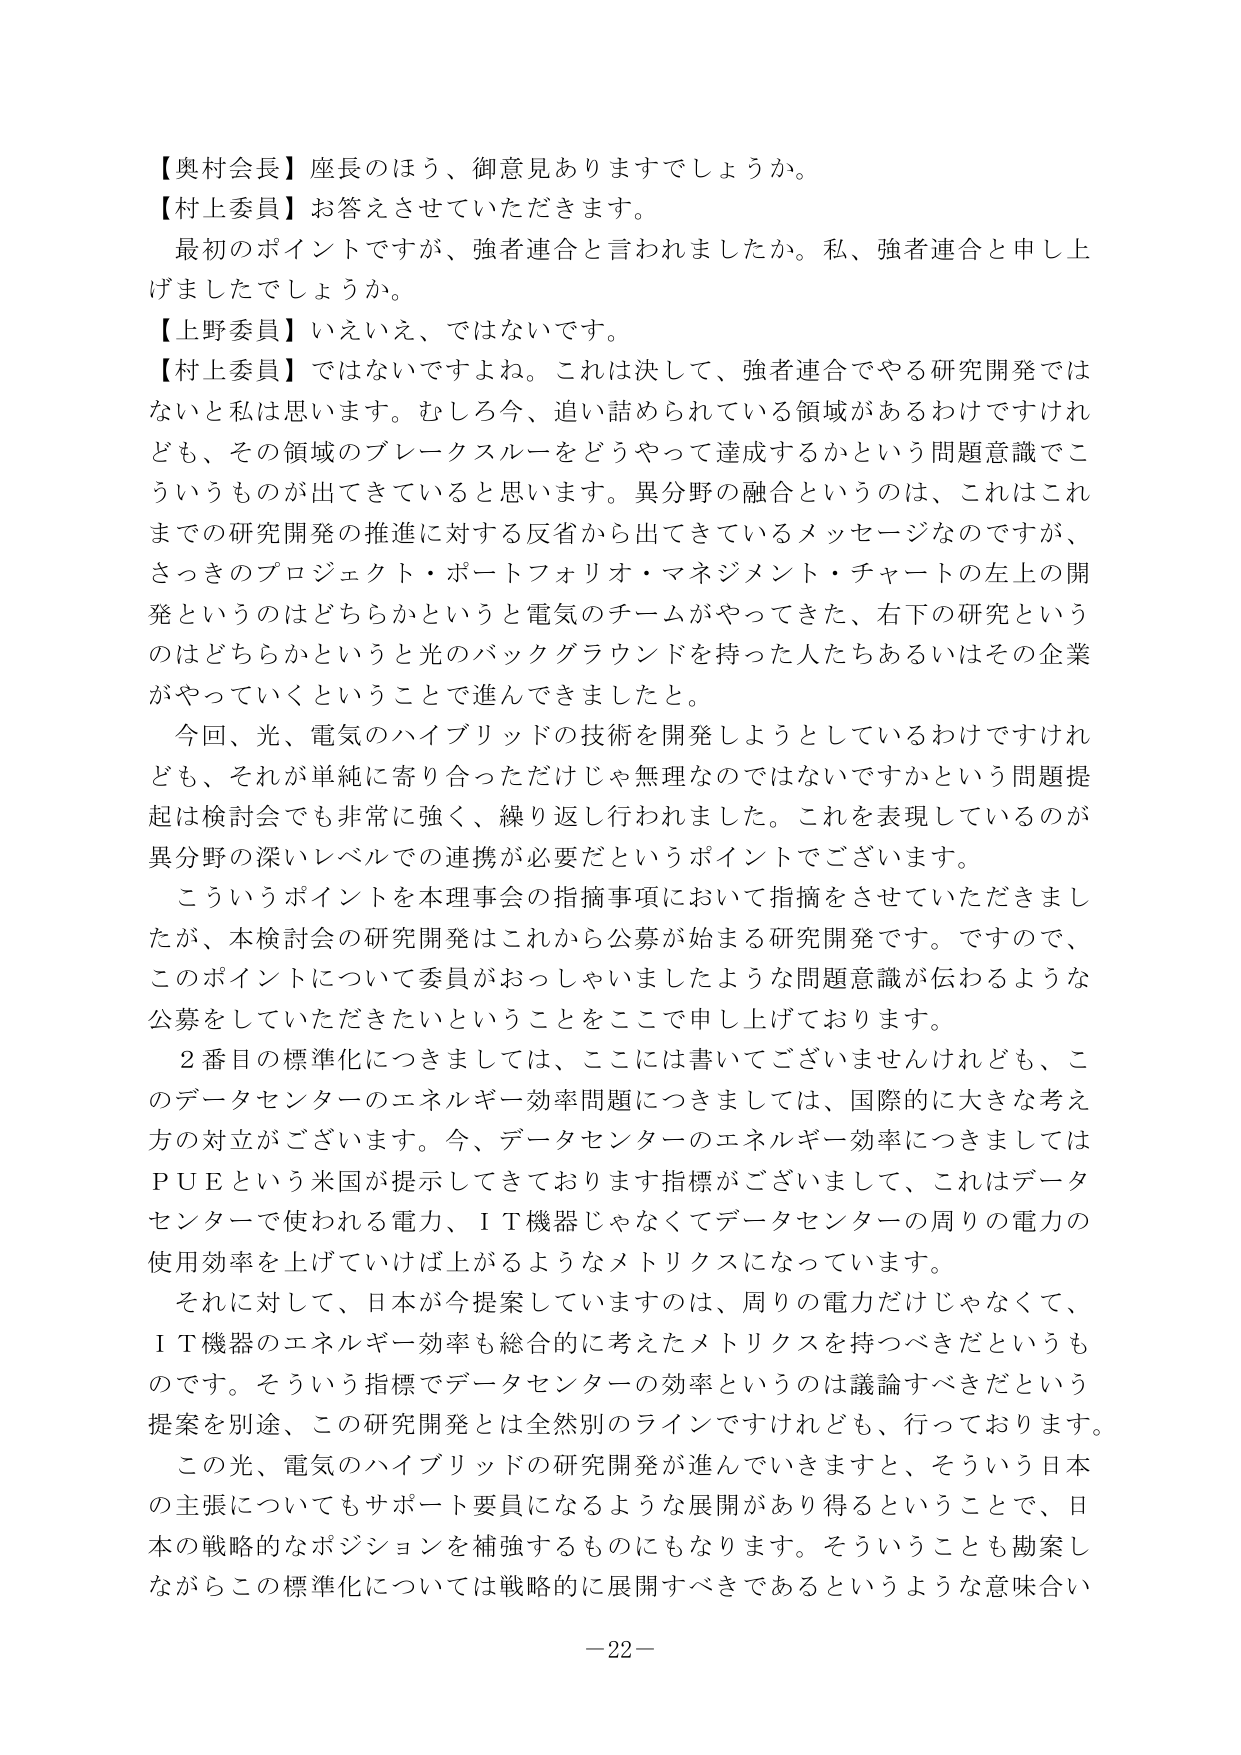
【奥村会長】座長のほう、御意見ありますでしょうか。
【村上委員】お答えさせていただきます。
最初のポイントですが、強者連合と言われましたか。私、強者連合と申し上げましたでしょうか。
【上野委員】いえいえ、ではないです。
【村上委員】ではないですよね。これは決して、強者連合でやる研究開発ではないと私は思います。むしろ今、追い詰められている領域があるわけですけれども、その領域のブレークスルーをどうやって達成するかという問題意識でこういうものが出てきていると思います。異分野の融合というのは、これはこれまでの研究開発の推進に対する反省から出てきているメッセージなのですが、さっきのプロジェクト・ポートフォリオ・マネジメント・チャートの左上の開発というのはどちらかというと電気のチームがやってきた、右下の研究というのはどちらかというと光のバックグラウンドを持った人たちあるいはその企業がやっていくということで進んできましたと。
今回、光、電気のハイブリッドの技術を開発しようとしているわけですけれども、それが単純に寄り合っただけじゃ無理なのではないですかという問題提起は検討会でも非常に強く、繰り返し行われました。これを表現しているのが異分野の深いレベルでの連携が必要だというポイントでございます。
こういうポイントを本理事会の指摘事項において指摘をさせていただきましたが、本検討会の研究開発はこれから公募が始まる研究開発です。ですので、このポイントについて委員がおっしゃいましたような問題意識が伝わるような公募をしていただきたいということをここで申し上げております。
２番目の標準化につきましては、ここには書いてございませんけれども、このデータセンターのエネルギー効率問題につきましては、国際的に大きな考え方の対立がございます。今、データセンターのエネルギー効率につきましてはＰＵＥという米国が提示してきております指標がございまして、これはデータセンターで使われる電力、ＩＴ機器じゃなくてデータセンターの周りの電力の使用効率を上げていけば上がるようなメトリクスになっています。
それに対して、日本が今提案していますのは、周りの電力だけじゃなくて、ＩＴ機器のエネルギー効率も総合的に考えたメトリクスを持つべきだというものです。そういう指標でデータセンターの効率というのは議論すべきだという提案を別途、この研究開発とは全然別のラインですけれども、行っております。
この光、電気のハイブリッドの研究開発が進んでいきますと、そういう日本の主張についてもサポート要員になるような展開があり得るということで、日本の戦略的なポジションを補強するものにもなります。そういうことも勘案しながらこの標準化については戦略的に展開すべきであるというような意味合い
－22－